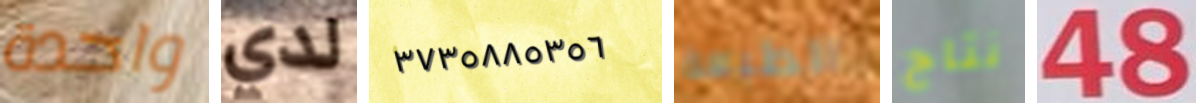
واحدة لدي ٣٧٣٥٨٨٥٣٥٦ الطبعة نتاج 48